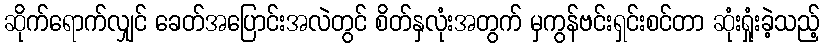
ဆိုက်ရောက်လျှင် ခေတ်အပြောင်းအလဲတွင် စိတ်နှလုံးအတွက် မှကွန်ဗင်းရှင်းစင်တာ ဆုံးရှုံးခဲ့သည့်